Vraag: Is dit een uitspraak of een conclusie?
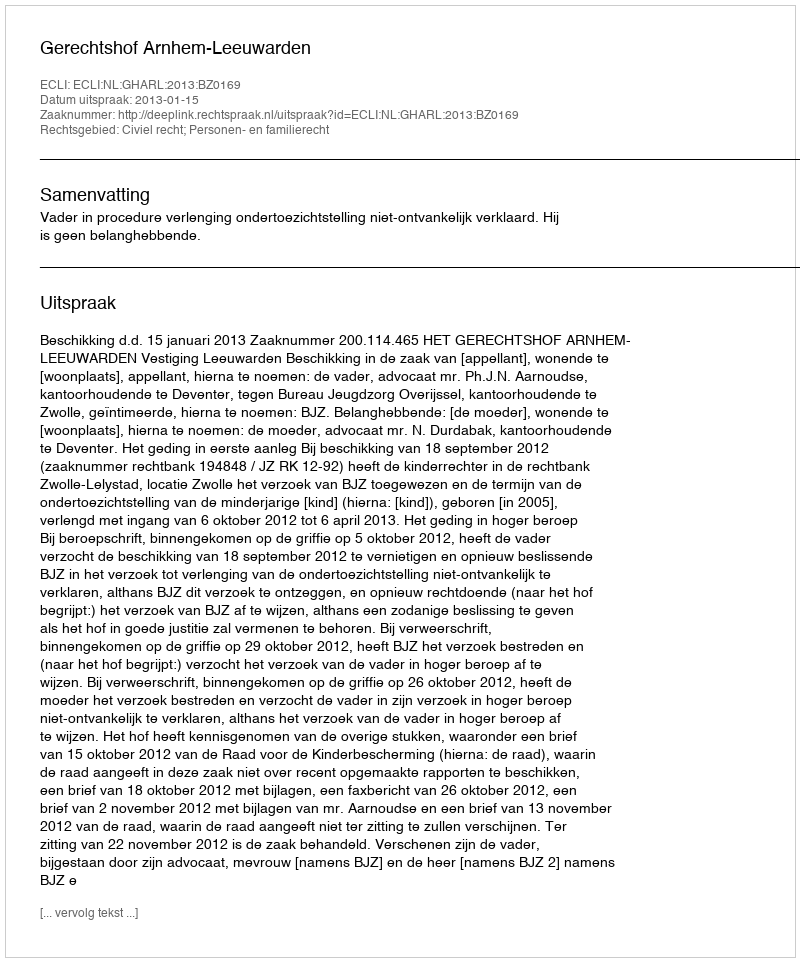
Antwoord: Uitspraak